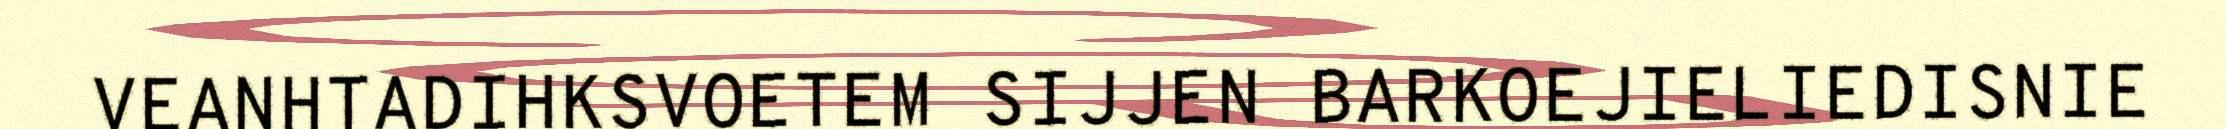
VEANHTADIHKSVOETEM SIJJEN BARKOEJIELIEDISNIE